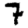
Digit: 7